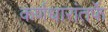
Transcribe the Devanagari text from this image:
कर्णधारांतर्फे